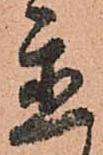
置